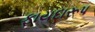
ફાયદારૂપ